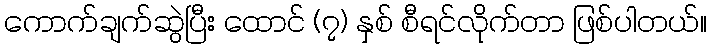
ကောက်ချက်ဆွဲပြီး ထောင် (၇) နှစ် စီရင်လိုက်တာ ဖြစ်ပါတယ်။